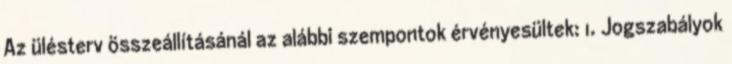
Az ülésterv összeállításánál az alábbi szempontok érvényesültek: 1. Jogszabályok